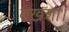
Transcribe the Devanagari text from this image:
बख़शा।